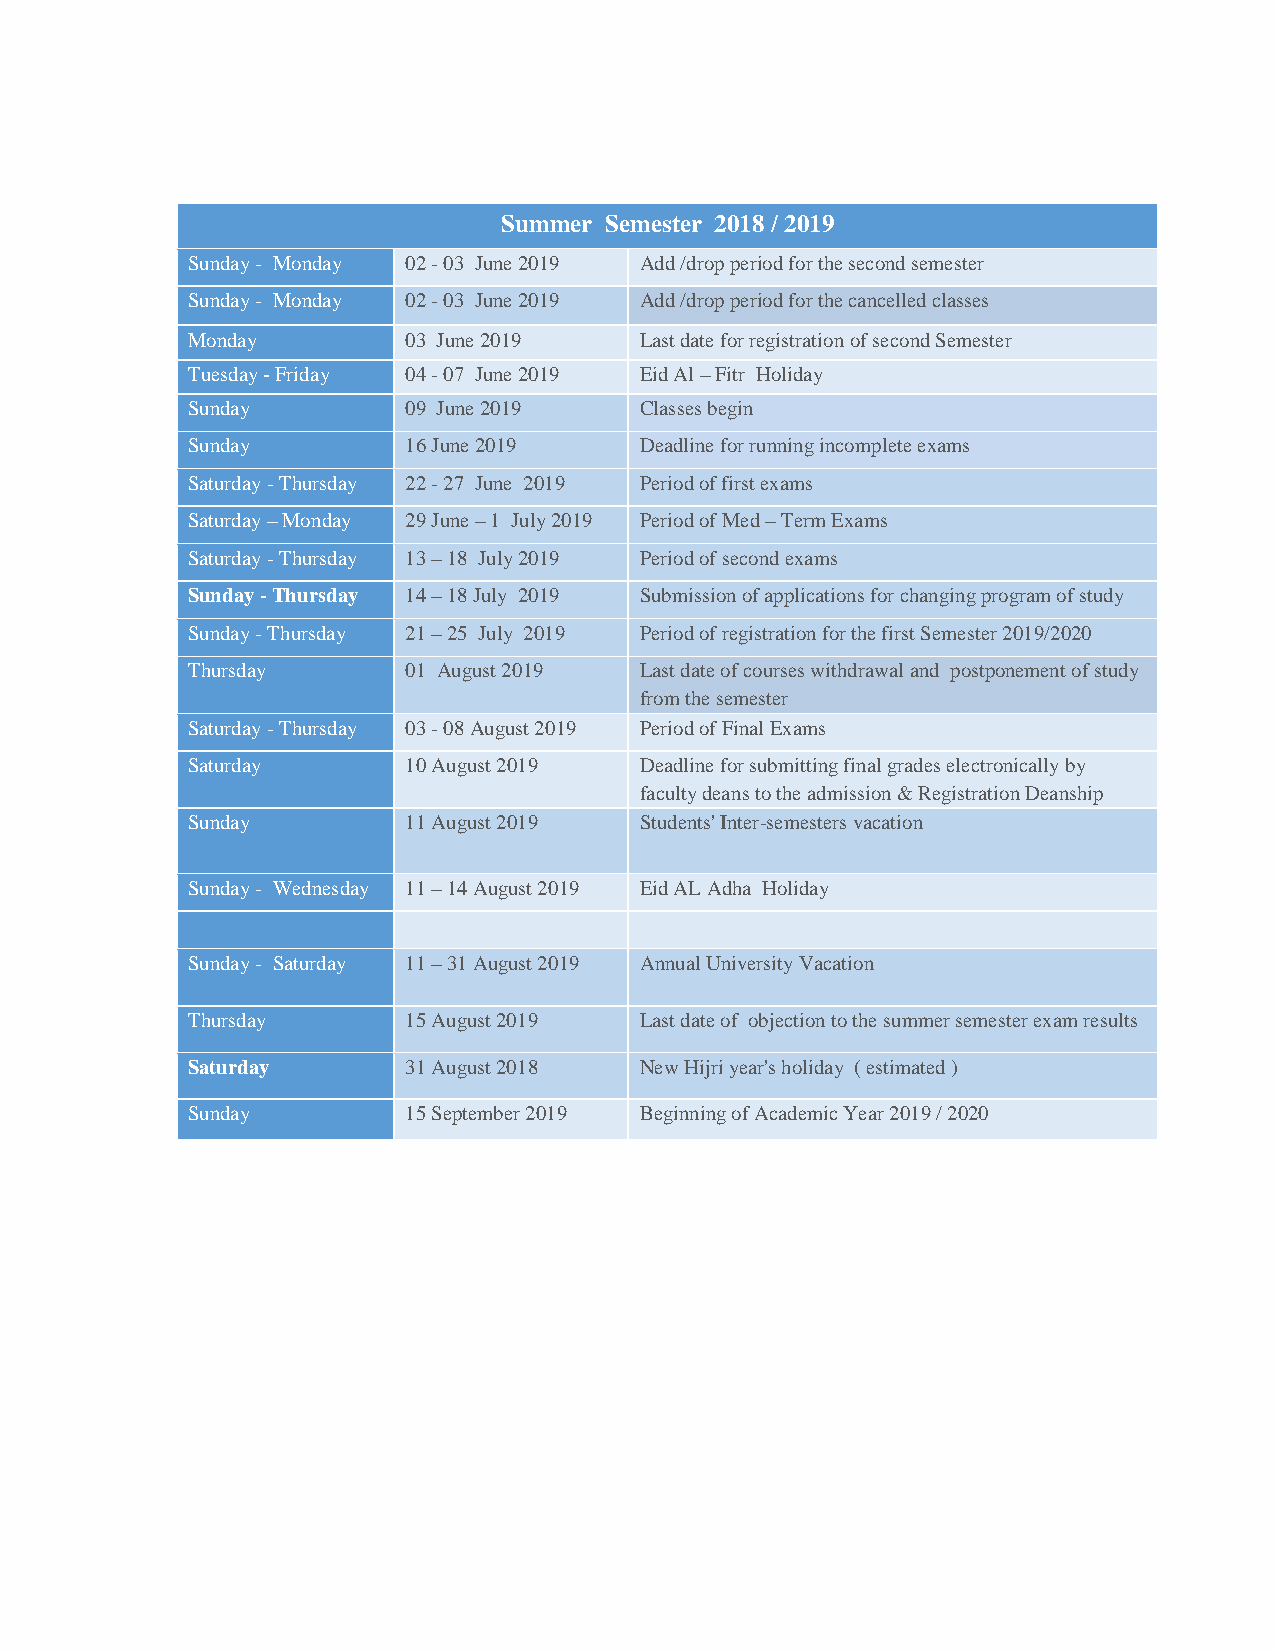
Summer Semester 2018 / 2019
 Sunday - Monday 02 - 03 June 2019 Add /drop period for the second semester
 Sunday - Monday 02 - 03 June 2019 Add /drop period for the cancelled classes
 Monday         03 June 2019   Last date for registration of second Semester
 Tuesday - Friday 04 - 07 June 2019 Eid Al – Fitr Holiday
 Sunday         09 June 2019   Classes begin
 Sunday         16 June 2019   Deadline for running incomplete exams
 Saturday - Thursday 22 - 27 June 2019 Period of first exams
 Saturday – Monday 29 June – 1 July 2019 Period of Med – Term Exams
 Saturday - Thursday 13 – 18 July 2019 Period of second exams
 Sunday - Thursday 14 – 18 July 2019 Submission of applications for changing program of study
 Sunday - Thursday 21 – 25 July 2019 Period of registration for the first Semester 2019/2020
 Thursday       01 August 2019 Last date of courses withdrawal and postponement of study
 from the semester
 Saturday - Thursday 03 - 08 August 2019 Period of Final Exams
 Saturday       10 August 2019 Deadline for submitting final grades electronically by
 faculty deans to the admission & Registration Deanship
 Sunday         11 August 2019 Students' Inter-semesters vacation
 Sunday - Wednesday 11 – 14 August 2019 Eid AL Adha Holiday
 Sunday - Saturday 11 – 31 August 2019 Annual University Vacation
 Thursday       15 August 2019 Last date of objection to the summer semester exam results
 Saturday       31 August 2018 New Hijri year's holiday ( estimated )
 Sunday         15 September 2019 Beginning of Academic Year 2019 / 2020